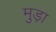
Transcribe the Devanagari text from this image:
मुड़ा़